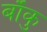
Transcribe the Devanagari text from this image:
बाँकु